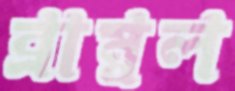
ব্রাম্বল